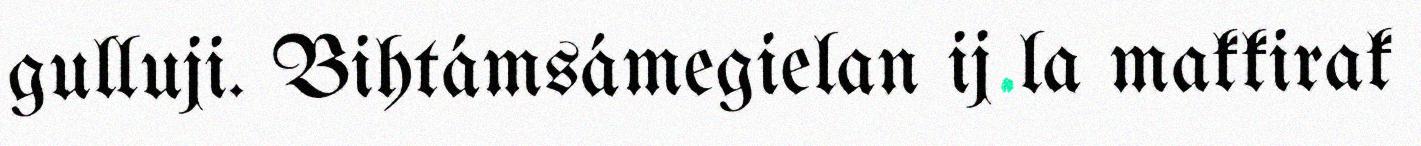
gulluji. Bihtámsámegielan ij la makkirak